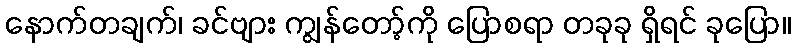
နောက်တချက်၊ ခင်ဗျား ကျွန်တော့်ကို ပြောစရာ တခုခု ရှိရင် ခုပြော။